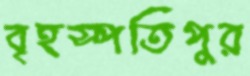
বৃহস্পতিপুর